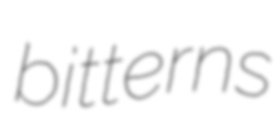
bitterns